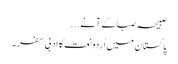
صبیحہ صبا کے آنے ...
پاکستان میں اُردو نعت کا ادبی سفر ۔